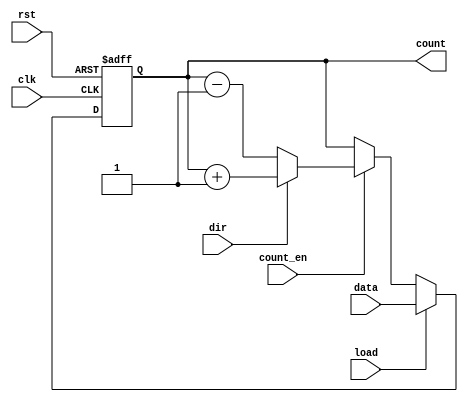
module SynchronousLoadCounter #(
    parameter N = 8 // Counter width (number of bits)
)(
    input wire clk,          // Clock signal
    input wire rst,          // Reset signal
    input wire load,         // Load signal
    input wire [N-1:0] data, // Data input for loading
    input wire count_en,     // Count enable signal
    input wire dir,          // Direction signal (1 for up, 0 for down)
    output reg [N-1:0] count // Current counter value
);

    // Always block that is triggered on the rising edge of the clock
    always @(posedge clk or posedge rst) begin
        if (rst) begin
            count <= 0; // Reset counter to zero
        end else if (load) begin
            count <= data; // Load data into counter
        end else if (count_en) begin
            if (dir) begin
                count <= count + 1; // Increment counter
            end else begin
                count <= count - 1; // Decrement counter
            end
        end
    end

endmodule